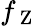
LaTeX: f_{\mathrm{~Z~}}